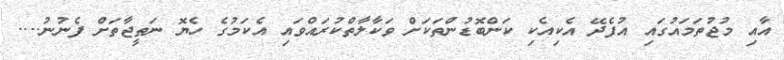
އާއި މުޖުތަމައުގައި އުފެދޭ އެކިއެކި ކަންބޮޑުންތަކަށް ވަކާލާތްކުރައްވައި އެކަމުގެ ހެޔޮ ނަތީޖާތަށް ފެނުނު....